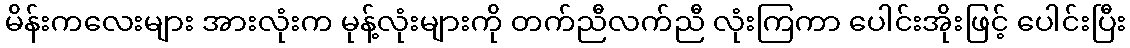
မိန်းကလေးများ အားလုံးက မုန့်လုံးများကို တက်ညီလက်ညီ လုံးကြကာ ပေါင်းအိုးဖြင့် ပေါင်းပြီး